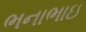
ભનાભાઇ